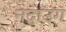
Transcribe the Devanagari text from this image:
नदाउंग